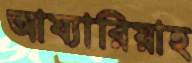
আয্যারিয়াহ